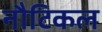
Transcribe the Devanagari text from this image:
नौटिकल